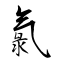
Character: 氯